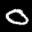
Label: 0